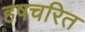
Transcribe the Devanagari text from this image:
हषचरित